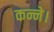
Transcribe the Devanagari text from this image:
कन्ने।